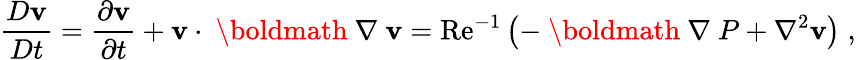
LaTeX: \frac{D{\mathbf v}}{Dt}=\frac{\partial{\mathbf v}}{\partial t}+{\mathbf v}\cdot\mathrm{~\boldmath~\nabla~}{\mathbf v}=\mathrm{Re}^{-1}\left(-\mathrm{~\boldmath~\nabla~}P+\nabla^{2}{\mathbf v}\right)\; ,